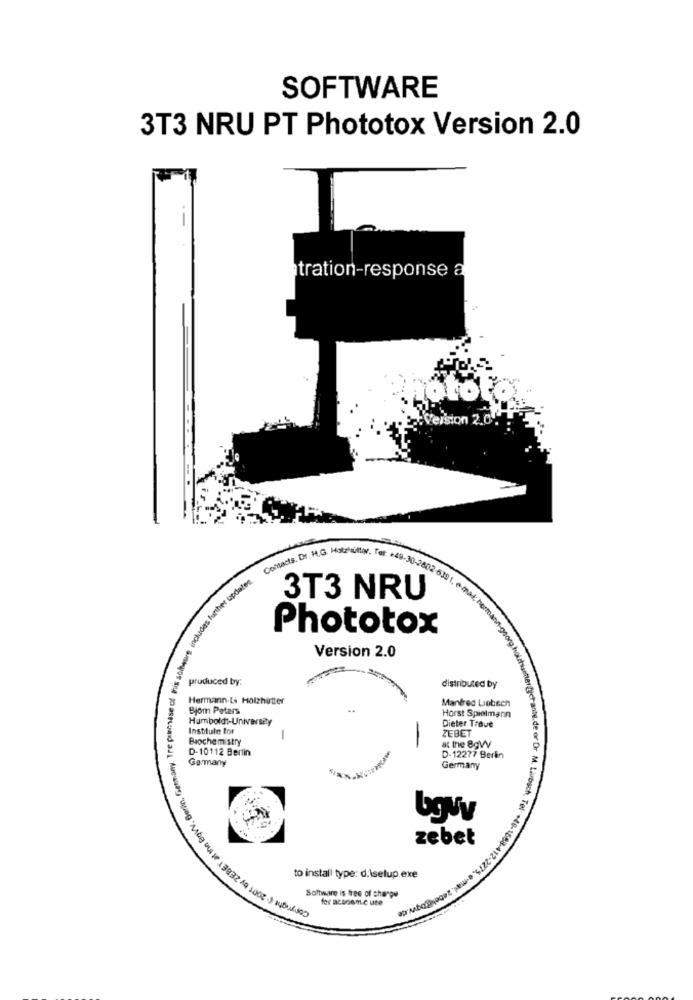
SOFTWARE
3T3 NRU PT Phototox Version 2.0
tration-response a
Ver's
Contacts. Dr. H.G. Hotzhutter. Tat
49-30-2802-6301.
further
3T3 NRU
includes
Phototox
Version 2.0
produced by:
distributed by
Hermann-Is Holzhütter
Manfred Liebsch
Biom Peters
Horst Spielmann
Humboldt-University
Institute for
Dieter Traue
ZEBET
Biochemistry
D-10112 Berlin
at the 8gW
Germany
D-12277 Berin
Germany
Lgwy
zebet
to install type: d.\setup.exe
Software is free of charge
for acDonne une